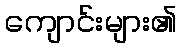
ကျောင်းများ၏